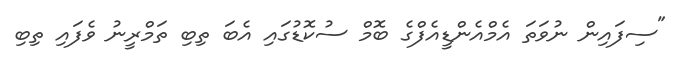
"ސިފައިން ނުވަތަ އެމްއެންޑީއެފްގެ ބޮމް ސުކޮޑުގައި އެބަ ތިބި ތަމްރީނު ވެފައި ތިބި